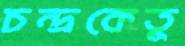
চন্দ্রকেতু